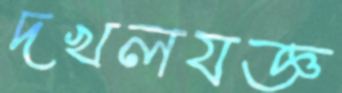
দখলযজ্ঞ